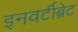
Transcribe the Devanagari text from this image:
इनवर्टीब्रेट